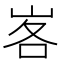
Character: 峉